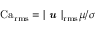
\operatorname { C a } _ { \operatorname { r m s } } = | \textbf { \em u } | _ { \operatorname { r m s } } \mu / \sigma